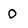
Character: 0